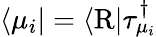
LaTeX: \begin{array}{r}{\langle\mu_{i}\vert=\langle\mathrm{R}\vert\tau_{\mu_{i}}^{\dagger}}\end{array}